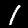
Digit: 1